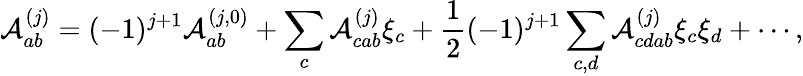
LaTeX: \mathcal{A}_{ab}^{(j)}=(-1)^{j+1}\mathcal{A}_{ab}^{(j,0)}+\sum_{c}\mathcal{A}_{cab}^{(j)}\xi_{c}+\frac{1}{2}(-1)^{j+1}\sum_{c,d}\mathcal{A}_{cdab}^{(j)}\xi_{c}\xi_{d}+\cdots,